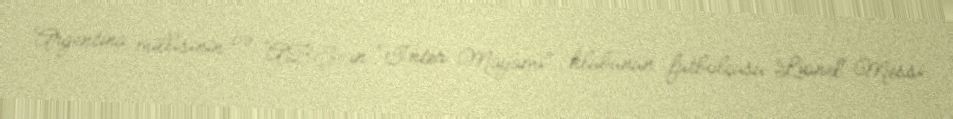
Argentina millisinin və ABŞ-ın "İnter Mayami" klubunun futbolçusu Lionel Messi